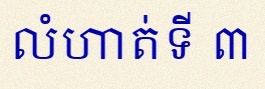
លំហាត់ទី ៣